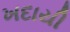
ખદાયી